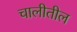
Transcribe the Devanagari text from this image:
चालीतील